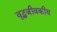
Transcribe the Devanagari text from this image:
वृद्धजीवकीय